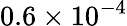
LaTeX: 0.6\times 10^{-4}